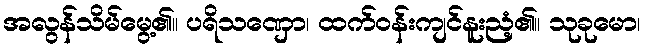
အလွန်သိမ်မွေ့၏။ ပရိသဏှော၊ ထက်ဝန်းကျင်နူးညံ့၏။ သုခုမော၊